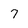
Character: 7